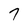
Character: 7